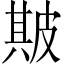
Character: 𤿺